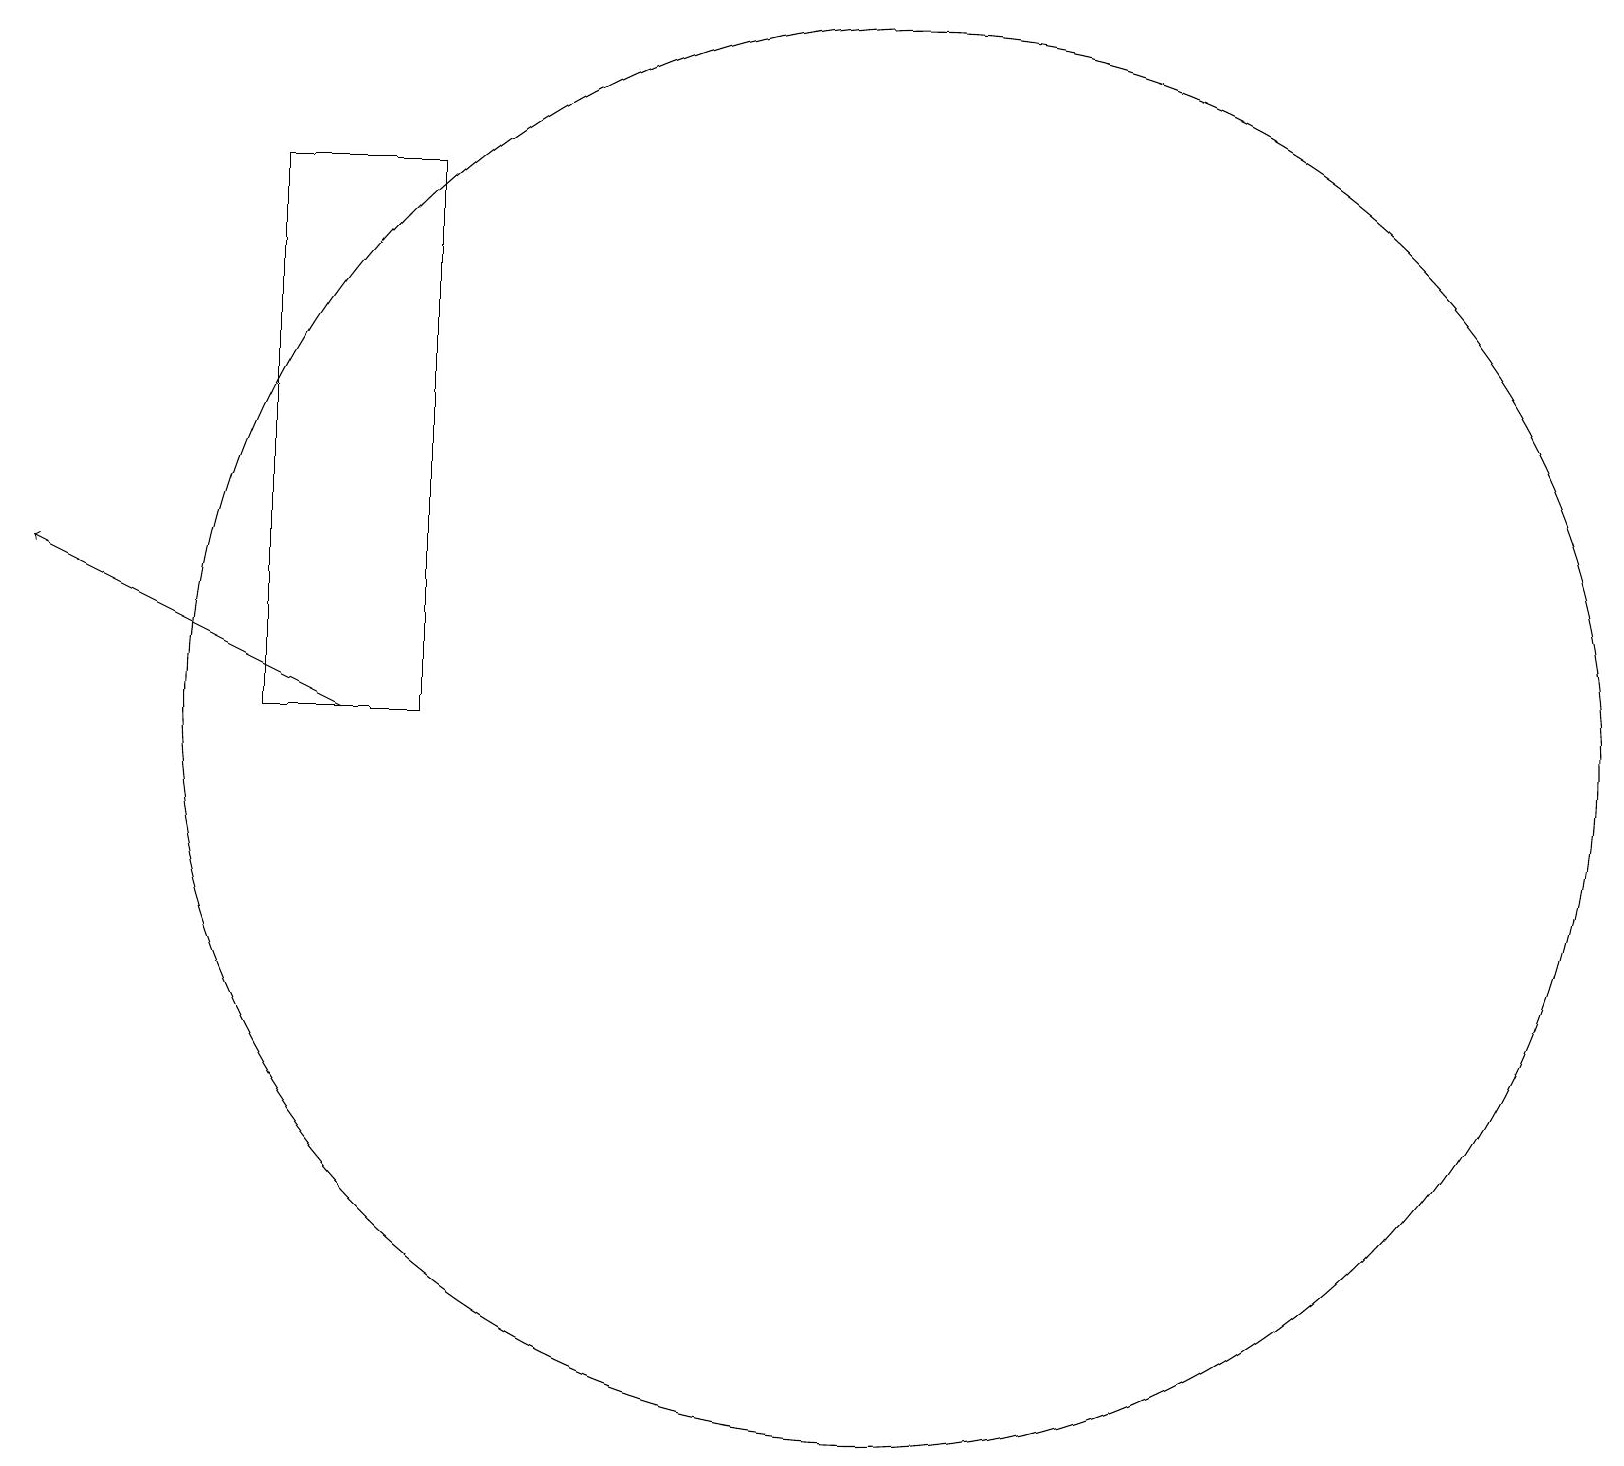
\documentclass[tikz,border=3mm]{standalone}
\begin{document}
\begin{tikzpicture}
\draw (12,10) circle (9);
\draw (4,17) rectangle (6,10);
\draw[->] (5,10) -- (1,12);
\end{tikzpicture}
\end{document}